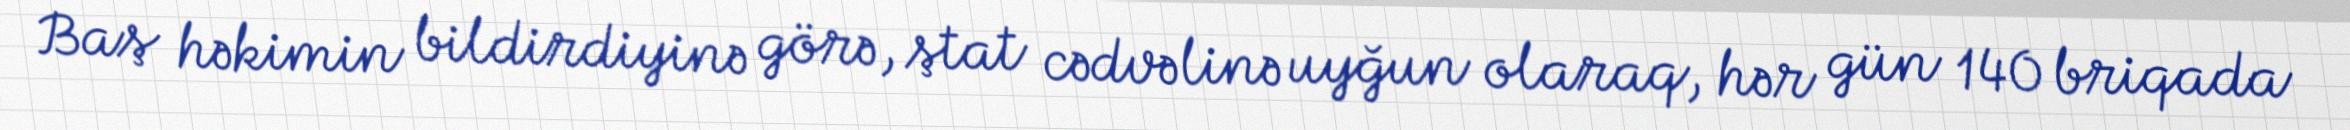
Baş həkimin bildirdiyinə görə, ştat cədvəlinə uyğun olaraq, hər gün 140 briqada